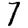
Digit: 7